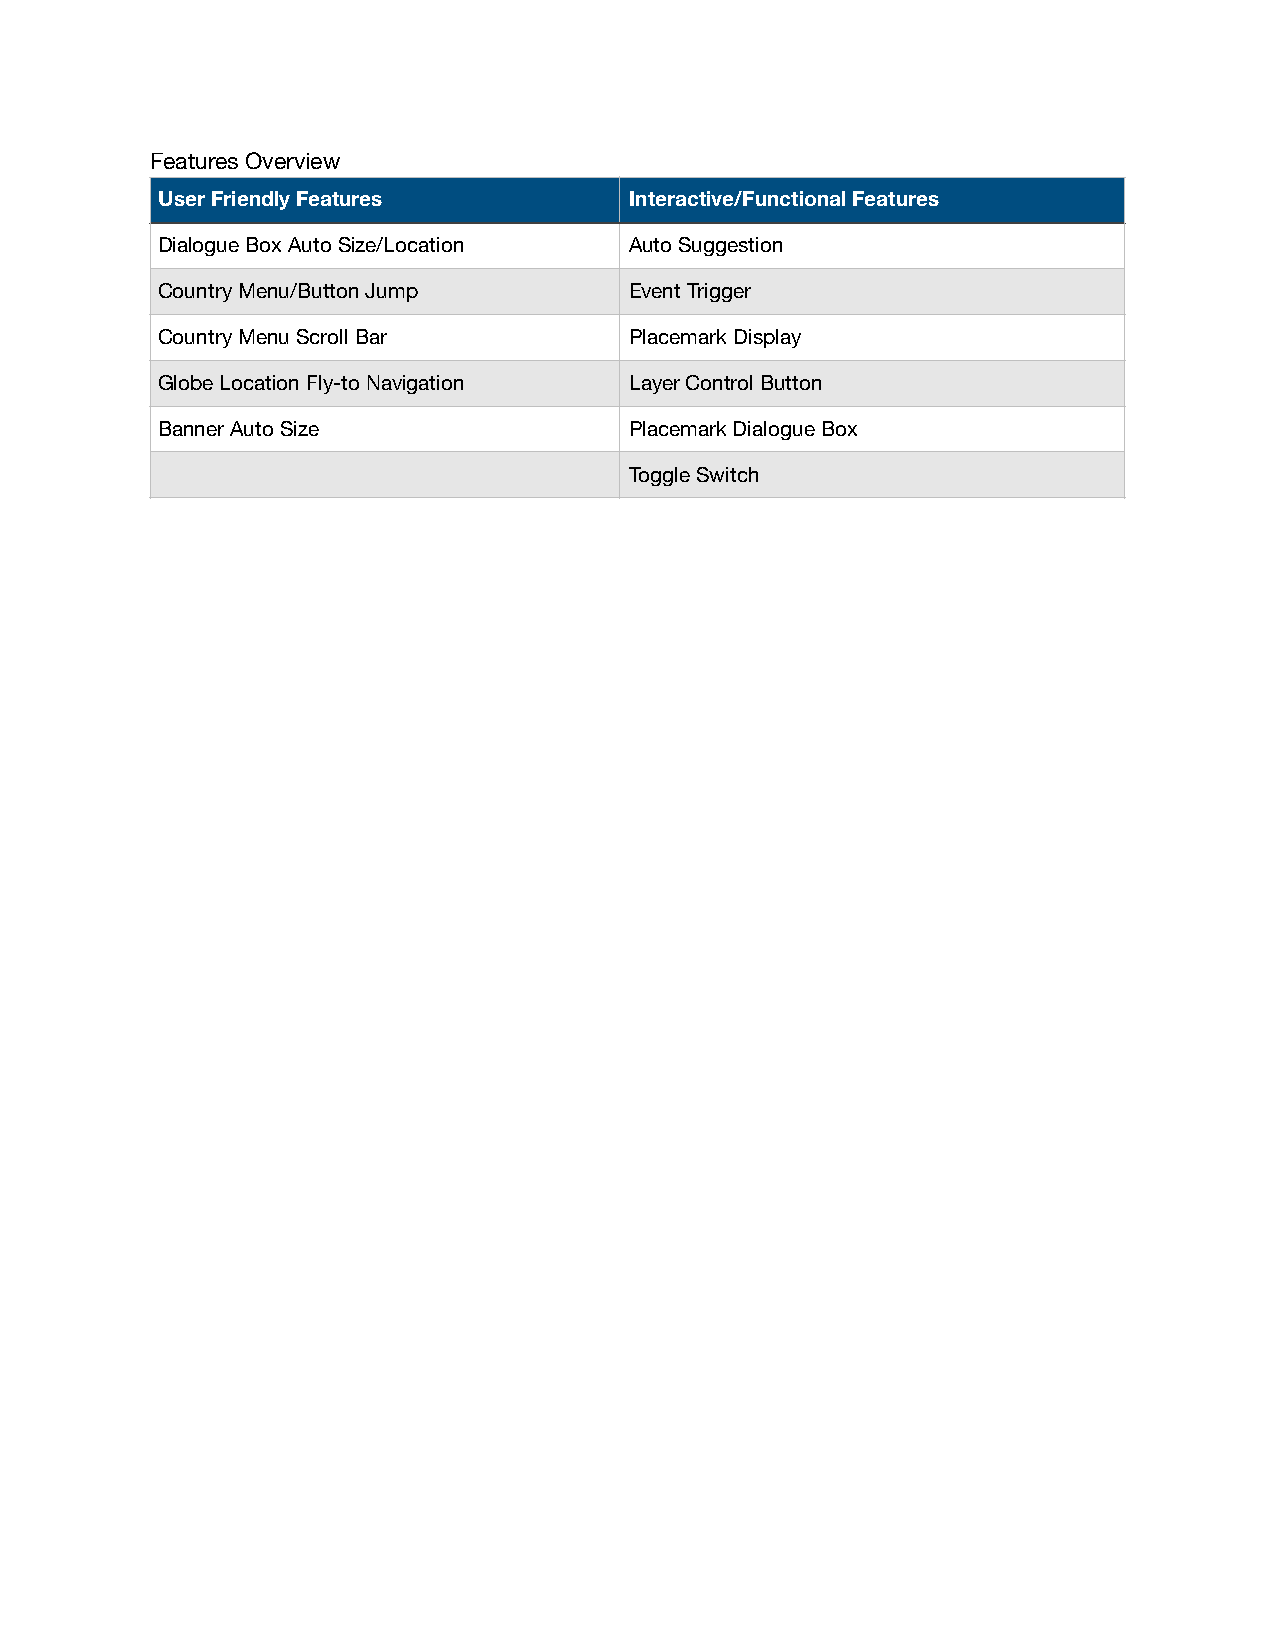
Features Overview
 User Friendly Features          Interactive/Functional Features
 Dialogue Box Auto Size/Location Auto Suggestion
 Country Menu/Button Jump        Event Trigger
 Country Menu Scroll Bar         Placemark Display
 Globe Location Fly-to Navigation Layer Control Button
 Banner Auto Size                Placemark Dialogue Box
 Toggle Switch